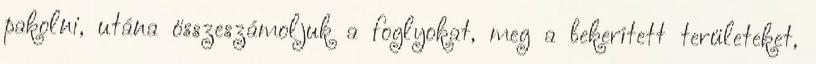
pakolni, utána összeszámoljuk a foglyokat, meg a bekerített területeket,